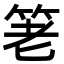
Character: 䇭